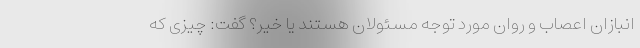
انبازان اعصاب و روان مورد توجه مسئولان هستند یا خیر؟ گفت: چیزی که